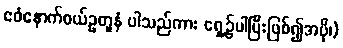
ဧဝံနောက်ဝယ်ဥတူနံ ပါသည်ကား ရှေ့၌ပါပြီးဖြစ်၍အပို၊)